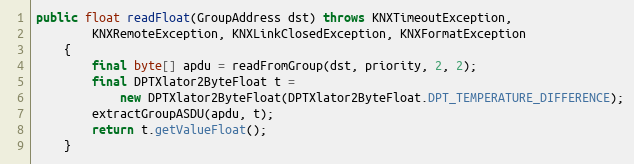
Language: Java
public float readFloat(GroupAddress dst) throws KNXTimeoutException,
		KNXRemoteException, KNXLinkClosedException, KNXFormatException
	{
		final byte[] apdu = readFromGroup(dst, priority, 2, 2);
		final DPTXlator2ByteFloat t =
			new DPTXlator2ByteFloat(DPTXlator2ByteFloat.DPT_TEMPERATURE_DIFFERENCE);
		extractGroupASDU(apdu, t);
		return t.getValueFloat();
	}